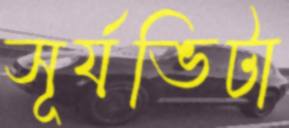
সূর্যভিটা